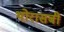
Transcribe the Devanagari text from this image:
थोरासबी